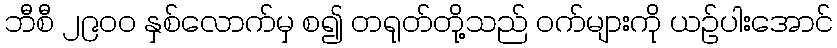
ဘီစီ ၂၉၀၀ နှစ်လောက်မှ စ၍ တရုတ်တို့သည် ဝက်များကို ယဉ်ပါးအောင်